Rasina_vallavalitsus, lk 12
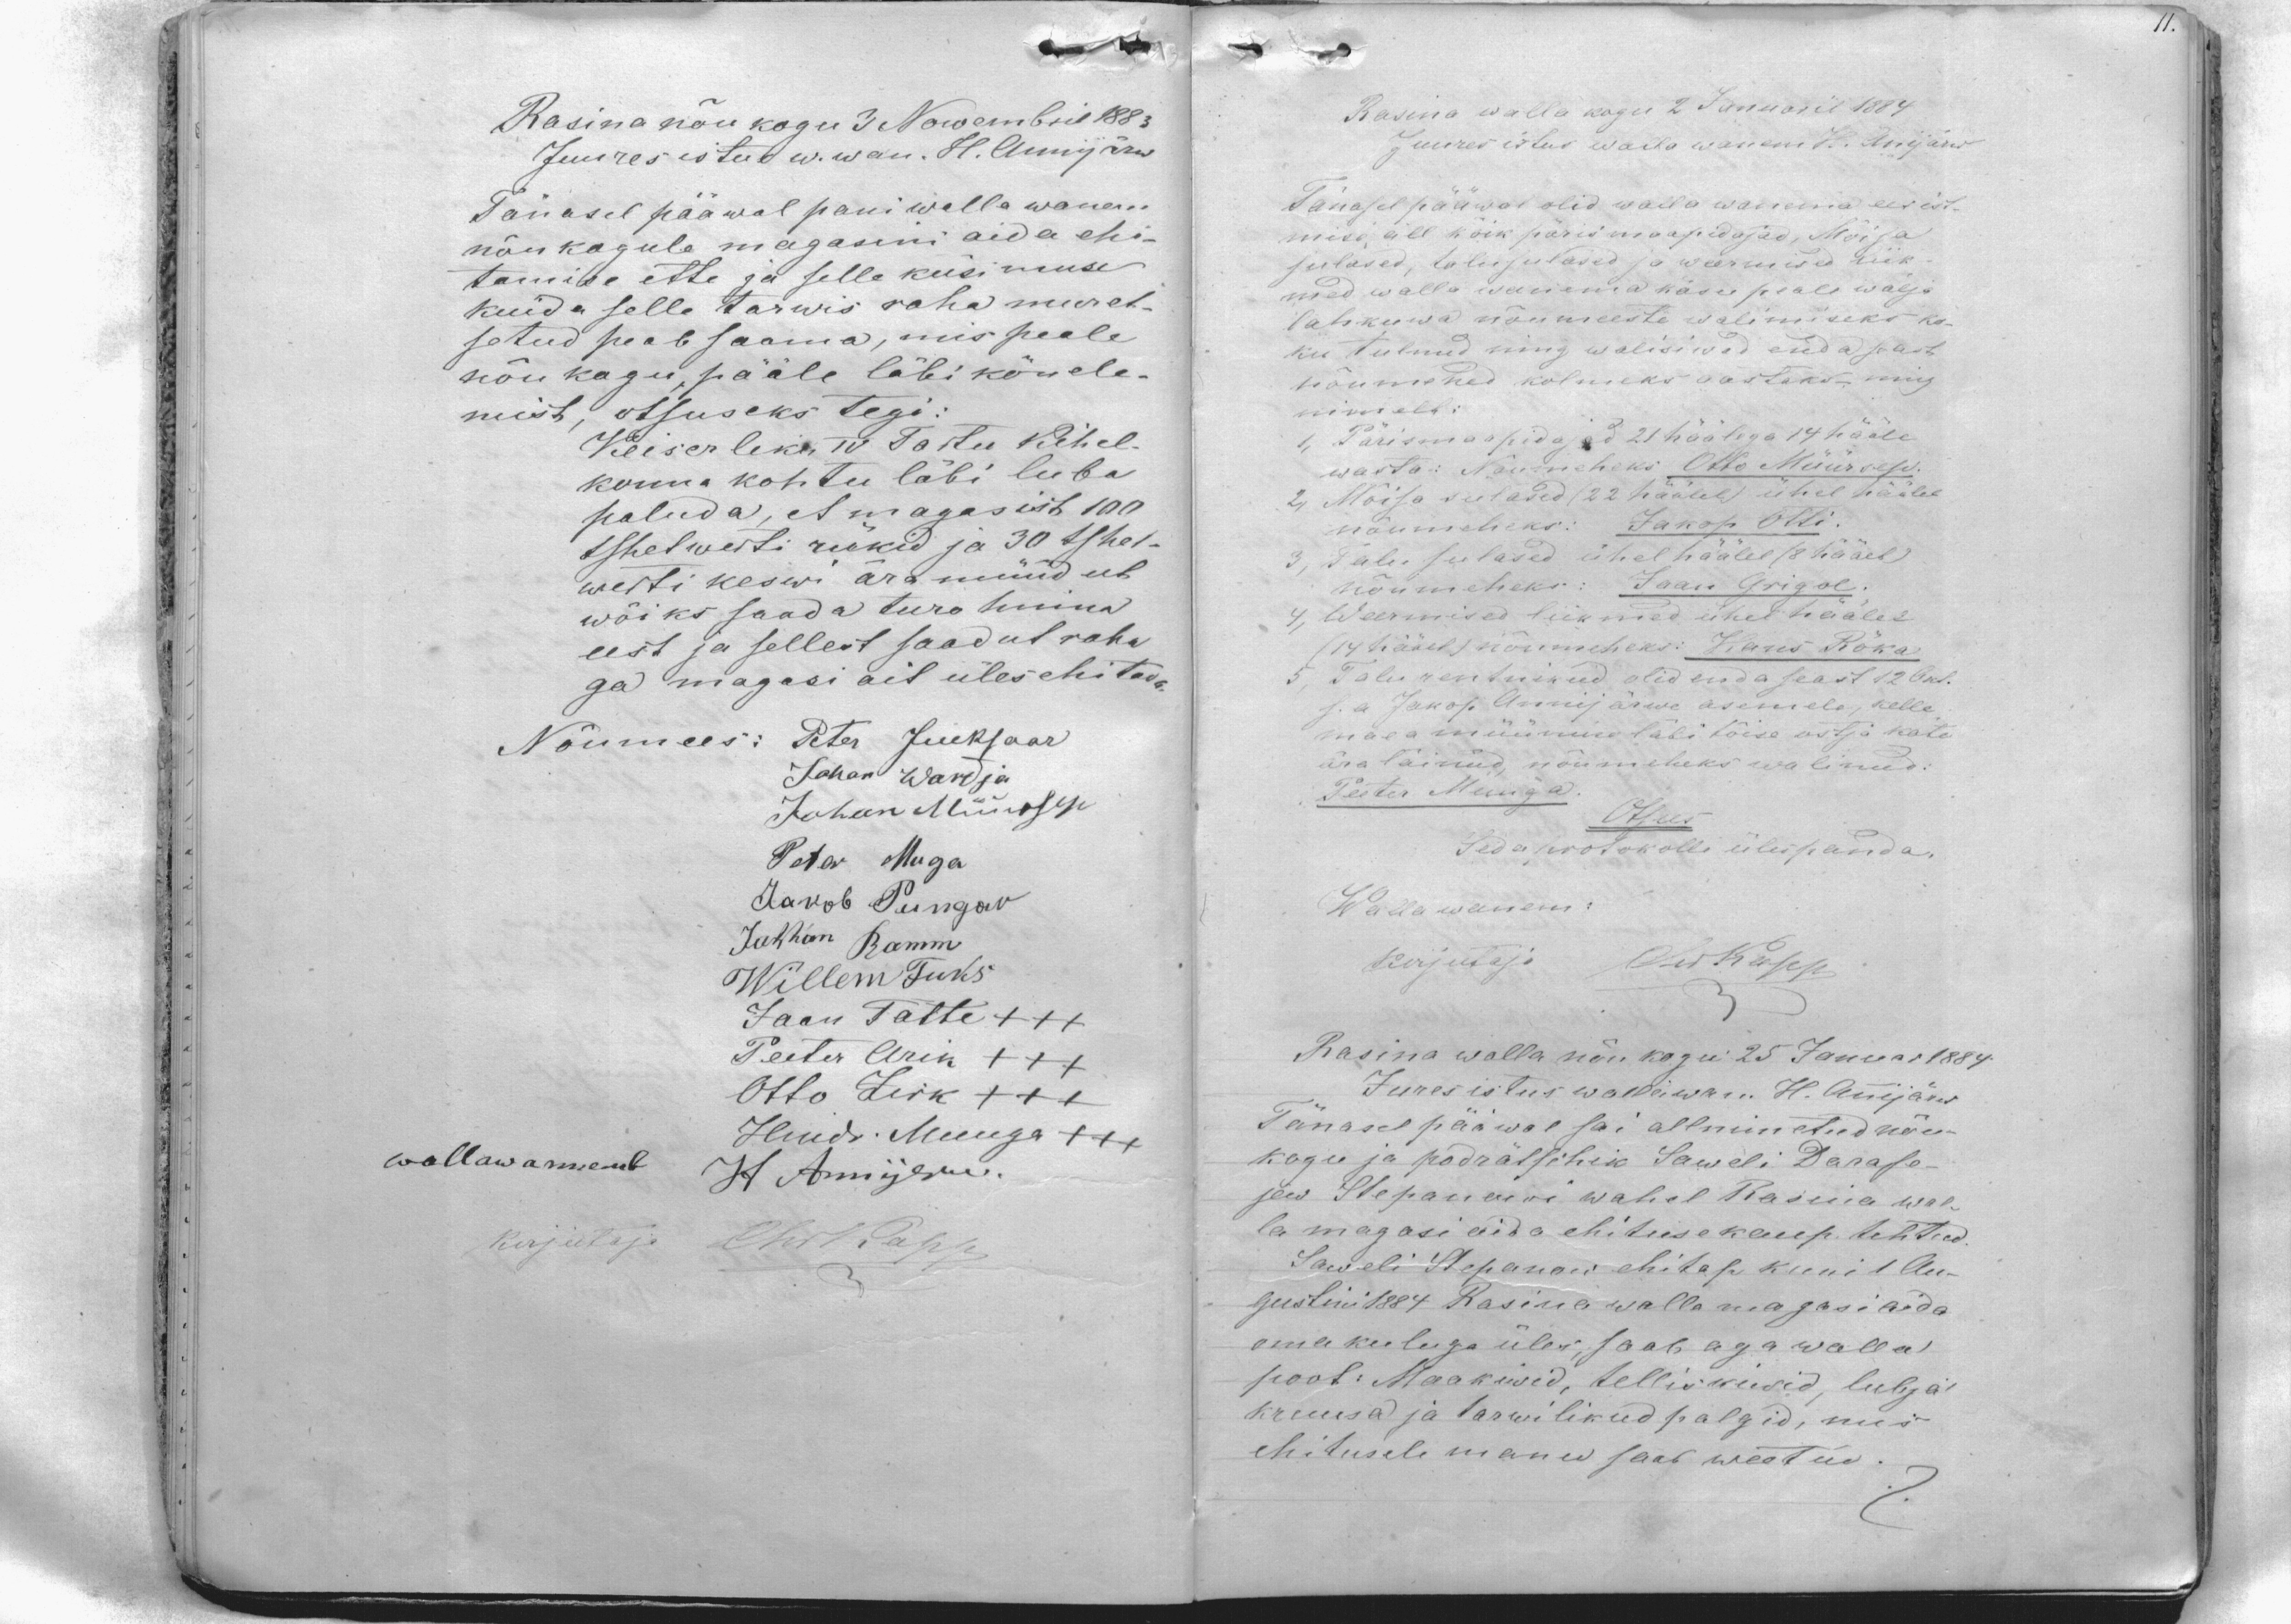
Rasina nõukogu 3 Nowembril 1883
Juures istus w. wan. H. Annijärw
Tänasel pääwal pani walla wanem
nõukogule magasini aeda ehi-
tamise ette ja selle küsimuse
kuida selle tarwis raha muret-
setud peab saama, mis peale
nõukogu, pääle läbikõnele-
mist, otsuseks tegi:
Keiserliku IV Tartu Kihel-
konna kohtu läbi luba
paluda, et magasist 100
tshetwerti rükid ja 30 tshet-
werti keswi ära müüdub
wõiks saada turu hinna
eest ja sellest saadut raha
ga magasi ait üles ehitada.
Nõumees: Peter Jueksaar
Johan Wardja
Johan Müürsep
Peter Muga
Jakob Pungav
Johhan Ramm
Willem Fuks
Jaan Tätte XXX
Peeter Arik +++
Otto Zirk +++
Hendr. Muuga +++
wallawanemb H Annijerw
kirjutaja ChrKapp

Rasina walla kogu 2 Januaril 1884
Juures istus walla wanem H. Anijärw
Tänasel pääwal olid walla wanema eesist-
mise, all kõik pärismaapidajad, Mõisa
sulased, talusulased ja weermised liik-
med walla wanema käsu peale wälja
lahkuwa nõumeeste walimiseks ko-
ku tulnud ning walisiwad enda seast
nõumehed kolmeks aastaks- ning
nimelt:
1 Pärismaapidajad 21 häälega 14 hääle
wasta: Noumeheks Otto Müürsep.
2, Mõisa sulased (22 häälel) ühel häälel
nõumeheks: Jakop Otti.
3, Talu sulased ühel häälel (8 häält)
nõumeheks: Jaan Grigol.
4, Weermised liikmed ühel häälel
(14 häält) nõumeheks: Hans Rõka
5, Talurentnikud olid enda seast 12 Okt.
s.a Jakop Annijärwe asemele, kelle
maea müümise läbi tõise ostja käte
ära läinud, nõumeheks walinud:
Peeter Muuga
Otsus
Seda protokolli ülespanda.
Wallawanem:
Kirjutaja ChrKapp
Rasina walla nõukogu 25 Januar 1884.
Jures istus wallawan. H. Annijärw
Tänasel pääwal sai allnimetud nõu-
kogu ja podrätshik Saweli Darafe-
jew Stepanowi wahel Rasina wal-
la magasi aida ehituse kaup tehtud
Saweli Stepanow ehitap kuni 1 Au-
gustini 1884 Rasina walla magasi aida
oma kuluga üles, saab aga walla
poot: Maakiwid, telliskiwid, lubja,
kruusa ja tarwilikud palgid, mis
ehitusele manu saab weetud.